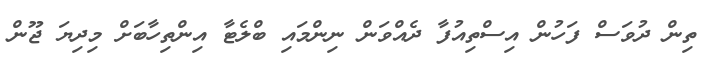
ތިން ދުވަސް ފަހުން އިސްތިއުފާ ދެއްވަން ނިންމައި ބްލެޓާ އިންތިހާބަށް މިދިޔަ ޖޫން